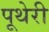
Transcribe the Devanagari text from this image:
पूथेरी